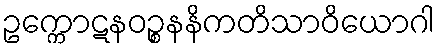
ဥက္ကောဋနဝဉ္စနနိကတိသာဝိယောဂါ